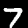
Label: 7